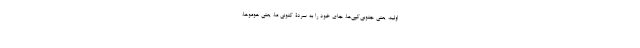
اولیه، یعنی جنوبی‌کَپی‌ها، جای خود را به سردۀ کنونی ما، یعنی هوموها،